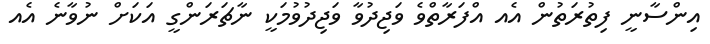
އިންސާނީ ފިތުރަތުން އެއ އްފަރާތްވެ ވަޖިދުވާ ވަޖިދުވުމަކީ ނާޗަރަންގީ އަކަށް ނުވާނެ އެއ